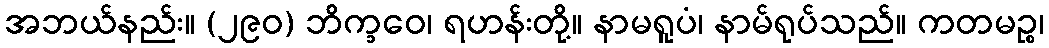
အဘယ်နည်း။ (၂၉၀) ဘိက္ခဝေ၊ ရဟန်းတို့။ နာမရူပံ၊ နာမ်ရုပ်သည်။ ကတမဉ္စ၊